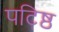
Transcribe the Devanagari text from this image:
पटिष्ठ